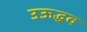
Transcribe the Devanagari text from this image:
उऊद्धव